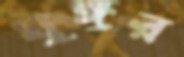
ঘুঙ্গুর